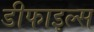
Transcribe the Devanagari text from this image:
डीफाइल्स